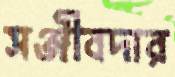
সঞ্জীবদার